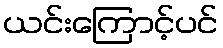
ယင်းကြောင့်ပင်